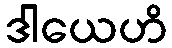
ဒါယေဟိ